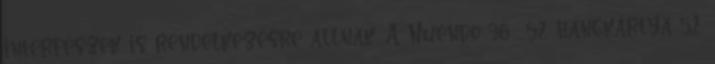
interfészek is rendelkezésre állnak. A Nuendo 96 52 hangkártya 52